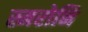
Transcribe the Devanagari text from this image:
स्मरोनि